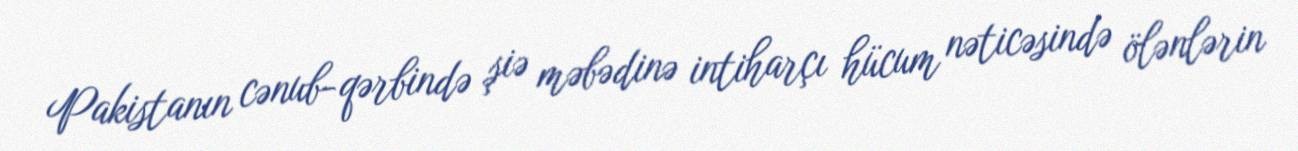
Pakistanın cənub-qərbində şiə məbədinə intiharçı hücum nəticəsində ölənlərin